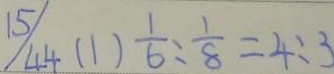
1 5 / 4 4 ( 1 ) \frac { 1 } { 6 } : \frac { 1 } { 8 } = 4 : 3